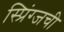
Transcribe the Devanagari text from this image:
स्प्रिंग्जची